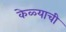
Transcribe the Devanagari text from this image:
केळ्याची